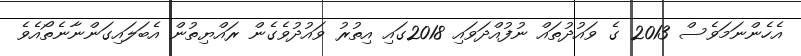
އެހެންނަމަވެސް 2013 ގެ ވައުދުތައް ނުފުއްދަވައި 2018ގައި އިތުރު ވައުދުވެގެން ރައްޔިތުން އެބަލައިގަންނާނެތޯއެވެ